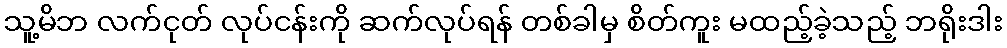
သူ့မိဘ လက်ငုတ် လုပ်ငန်းကို ဆက်လုပ်ရန် တစ်ခါမှ စိတ်ကူး မထည့်ခဲ့သည့် ဘရိုးဒါး